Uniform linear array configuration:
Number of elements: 48
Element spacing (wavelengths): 1
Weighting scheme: exponential
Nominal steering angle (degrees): -30
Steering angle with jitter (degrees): -30.452
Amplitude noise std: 0.05
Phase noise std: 0.05

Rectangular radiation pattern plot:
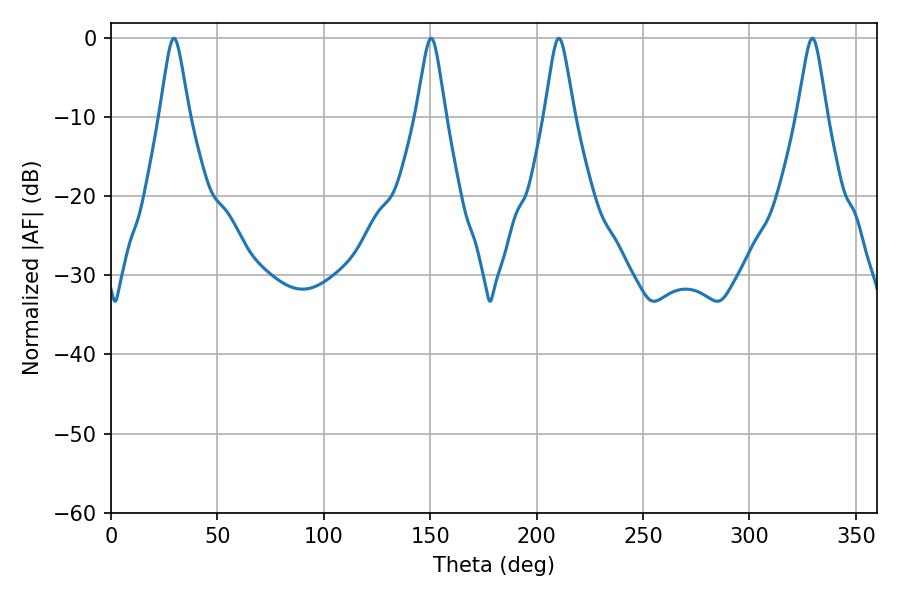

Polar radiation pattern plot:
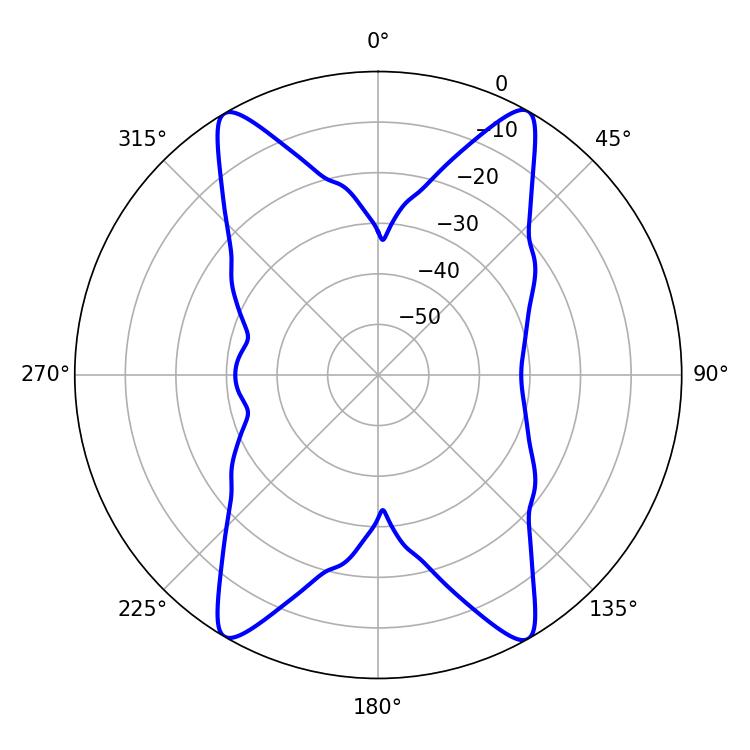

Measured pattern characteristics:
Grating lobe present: TRUE
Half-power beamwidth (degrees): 6.66
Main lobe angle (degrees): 210.42